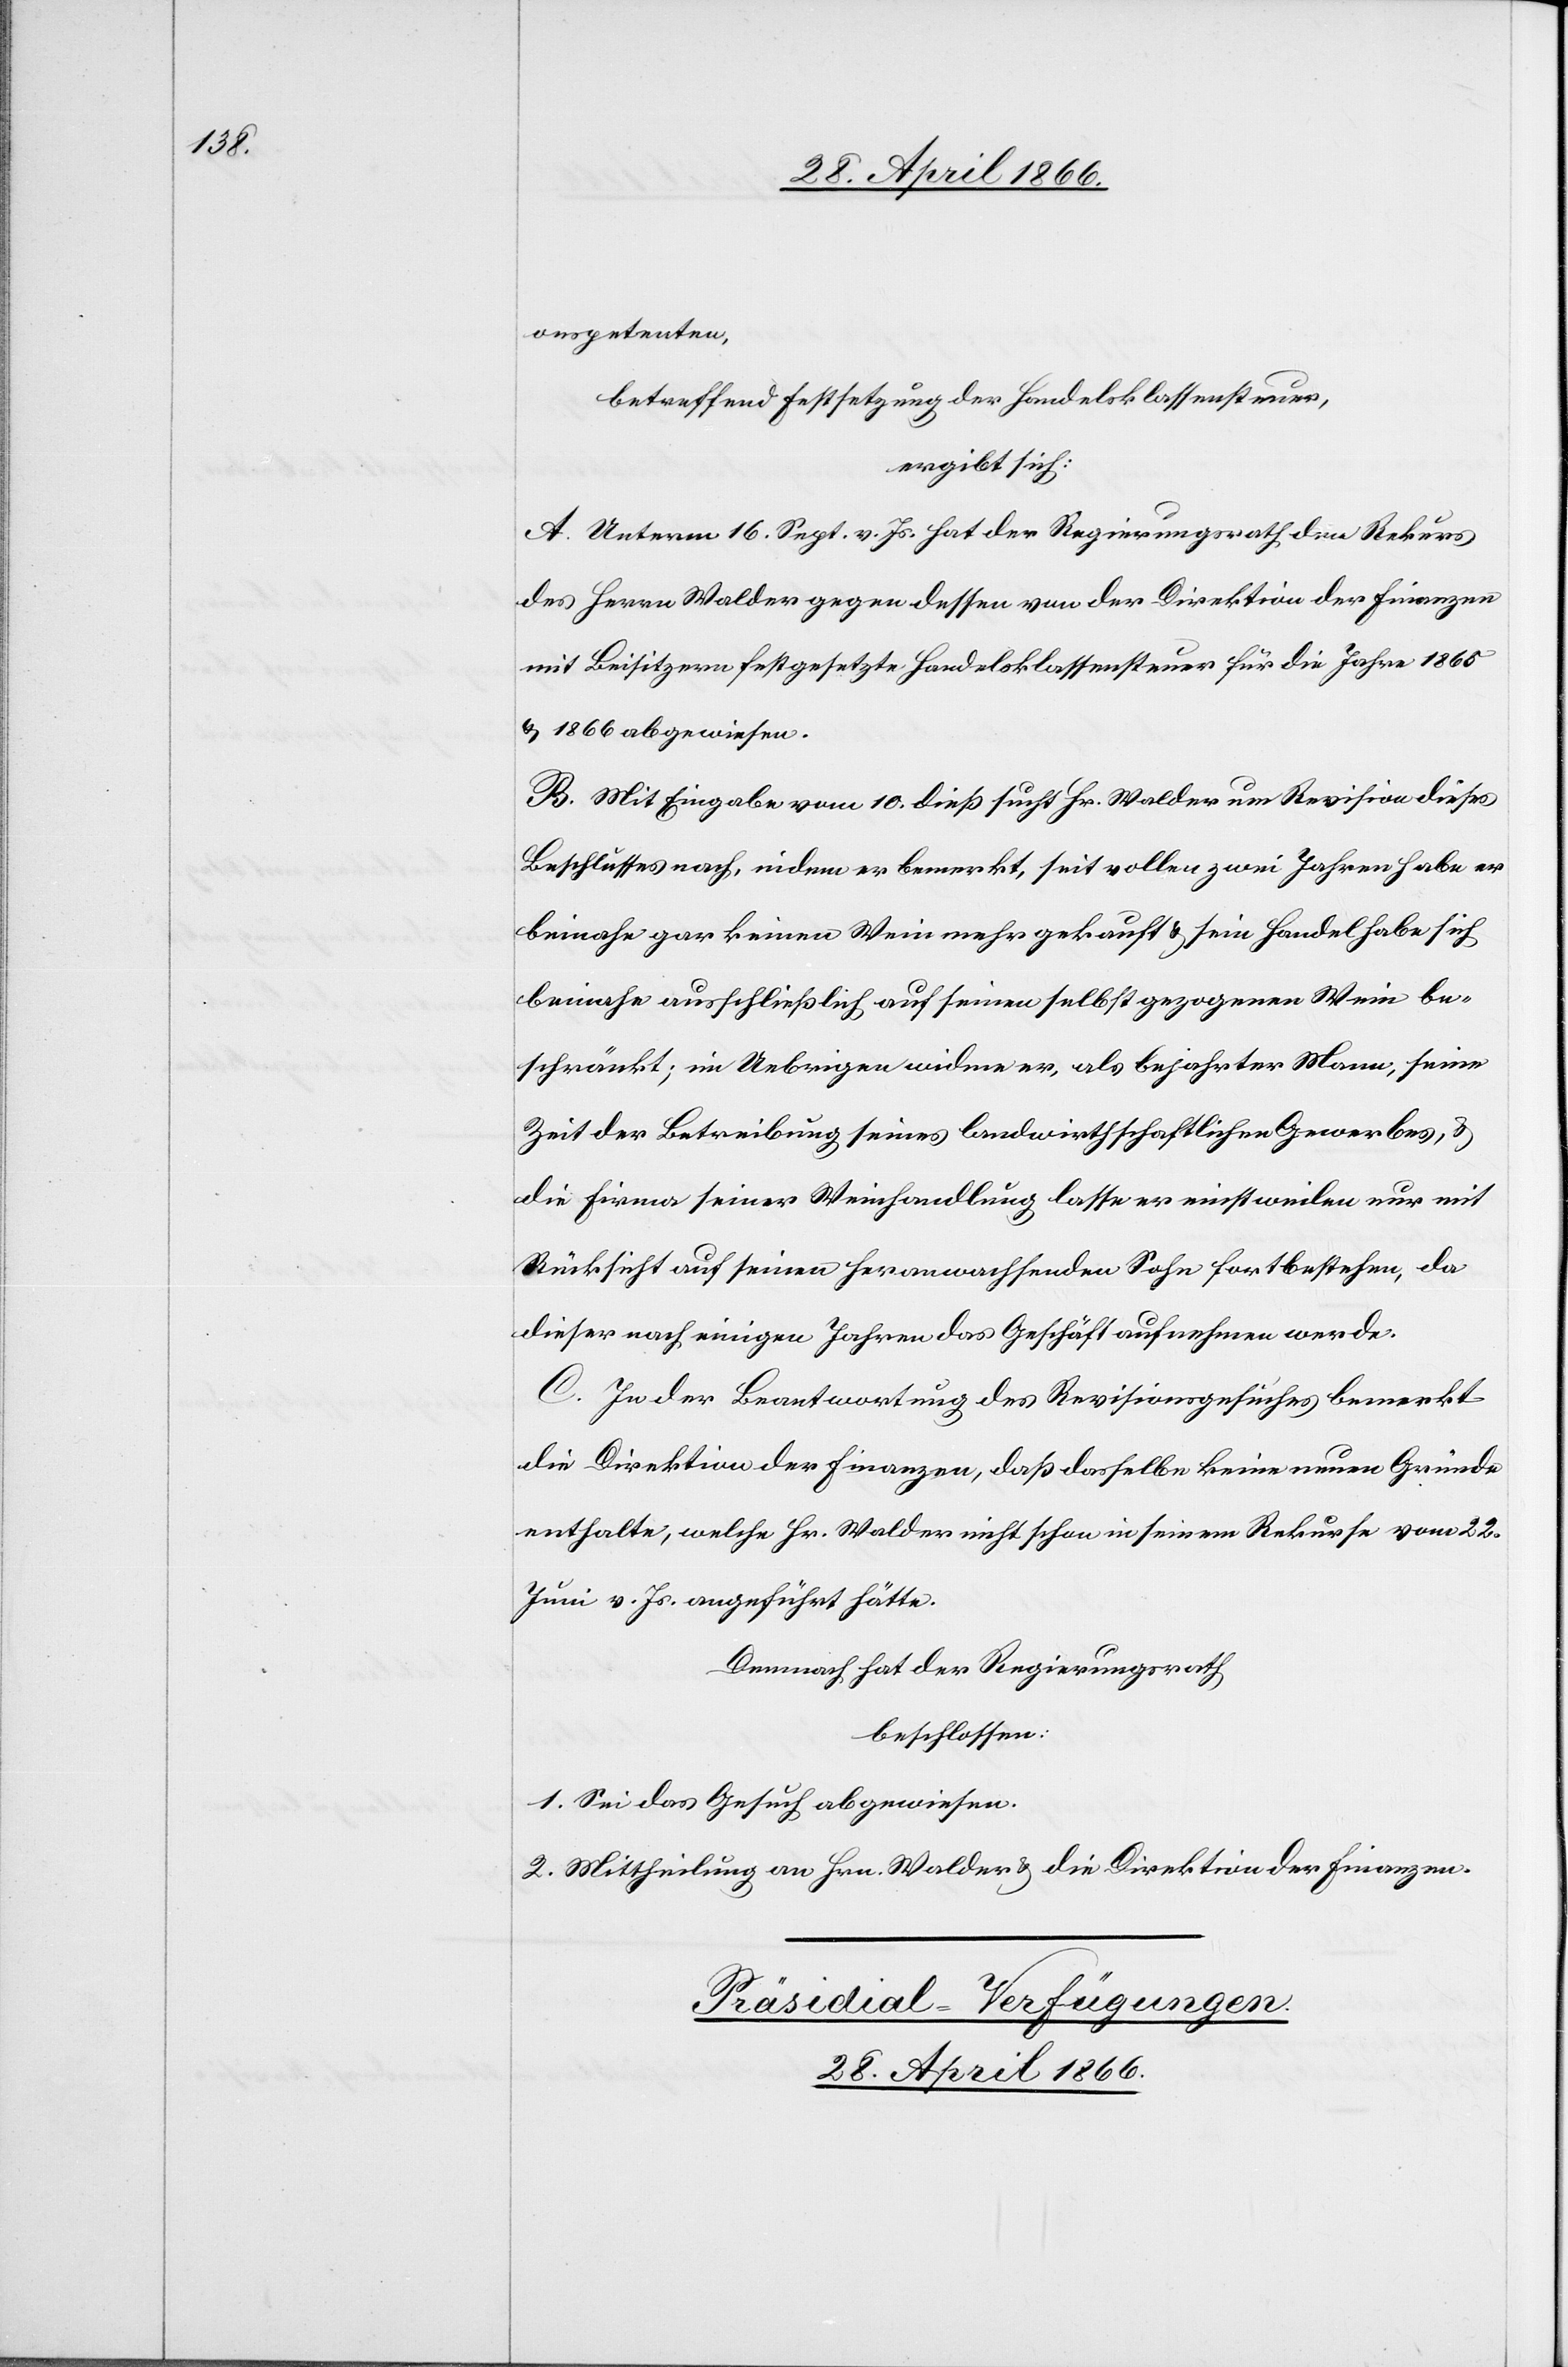
onspetenten,
betreffend Festsetzung der Handelsklassensteuer,
ergibt sich:
A. Unterm 16. Sept. v. Js. hat der Regierungsrath den Rekurs
des Herrn Walder gegen dessen von der Direktion der Finanzen
mit Beisitzern festgesetzte Handelsklassensteuer für die Jahre 1865
u. 1866 abgewiesen.
B. Mit Eingabe vom 10. dieß sucht Hr. Walder um Revision dieses
Beschlusses nach, indem er bemerkt, seit vollen zwei Jahren habe er
beinahe gar keinen Wein mehr gekauft u. sein Handel habe sich
beinahe ausschließlich auf seinen selbst gezogenen Wein be¬
schränkt; im Uebrigen widme er, als bejahrter Mann, seine
Zeit der Betreibung seines landwirthschaftlichen Gewerbes, u.
die Firma seiner Weinhandlung lasse er einstweilen nur mit
Rücksicht auf seinen heranwachsenden Sohn fortbestehen, da
dieser nach einigen Jahren das Geschäft aufnehmen werde.
C. In der Beantwortung des Revisionsgesuches bemerkt
die Direktion der Finanzen, daß dasselbe keine neuen Gründe
enthalte, welche Hr. Walder nicht schon in seinem Rekurse vom 22.
Juni v. Js. angeführt hätte.
Demnach hat der Regierungsrath
beschlossen:
1. Sei das Gesuch abgewiesen.
2. Mittheilung an Hrn. Walder u. die Direktion der Finanzen.
Präsidial-Verfügungen.
28. April 1866.